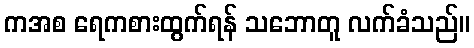
ကအစ ရေကစားထွက်ရန် သဘောတူ လက်ခံသည်။